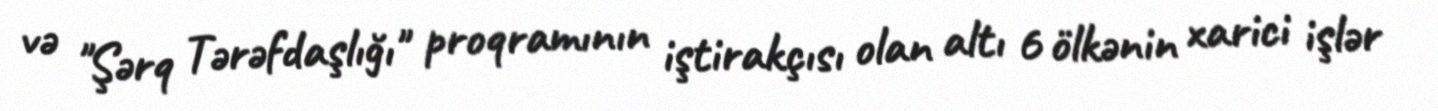
və "Şərq Tərəfdaşlığı" proqramının iştirakçısı olan altı 6 ölkənin xarici işlər